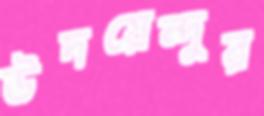
উদয়েন্দুর